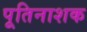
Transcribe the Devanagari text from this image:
पूतिनाशक